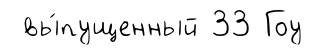
вы́пущенный 33 Гоу